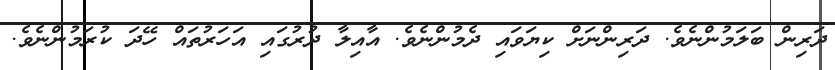
ދަރިން ބަލަމުންނެވެ. ދަރިންނަށް ކިޔަވައި ދެމުންނެވެ. އާއިލާ ދުރުގައި އަހަރުތައް ހޭދަ ކުރަމުންނެވެ.